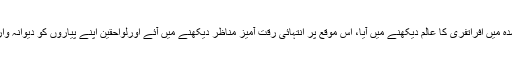
تحصیل ہسپتال چارسدہ میں افراتفری کا عالم دیکھنے میں آیا، اس موقع پر انتہائی رقت آمیز مناظر دیکھنے میں آئے اورلواحقین اپنے پیاروں کو دیوانہ وار تلاش کرتے رہے۔